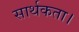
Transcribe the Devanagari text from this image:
सार्थकता।